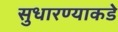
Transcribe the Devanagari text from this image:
सुधारण्याकडे